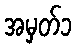
အမှတ်၁